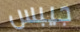
جيبس